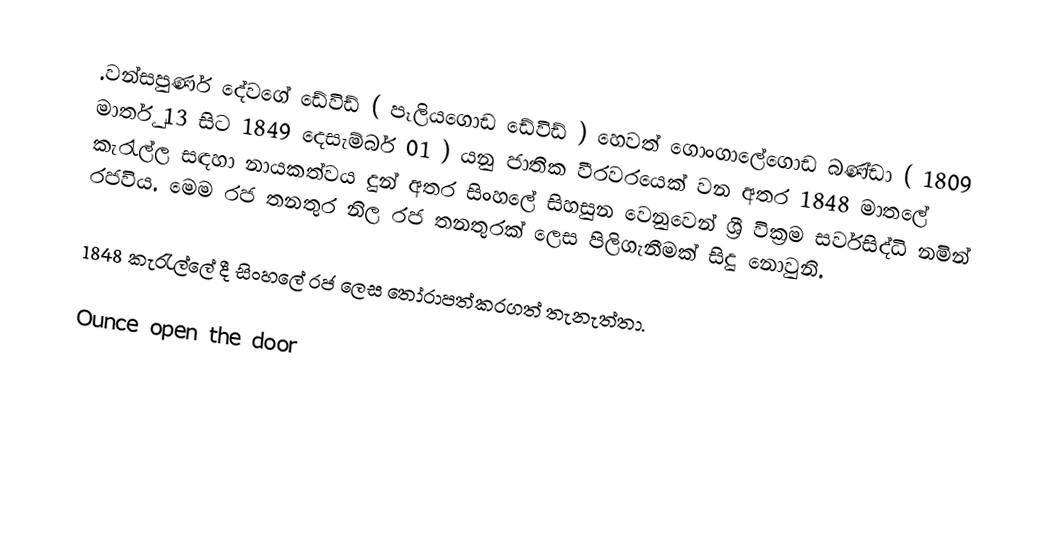
.වන්සපුර්ණ දේවගේ ඩේවිඩ් ( පෑලියගොඩ ඩේවිඩ් )  හෙවත් ගොංගාලේගොඩ බණ්ඩා ( 1809 මාර්තු 13 සිට 1849 දෙසැම්බර් 01 ) යනු ජාතික වීරවරයෙක් වන අතර 1848 මාතලේ කැරැල්ල සඳහා නායකත්වය දුන් අතර සිංහලේ සිහසුන වෙනුවෙන්  ශ්‍රී වික්‍රම සර්වසිද්ධි නමින් රජවිය. මෙම රජ තනතුර නිල රජ තනතුරක් ලෙස පිලිගැනීමක් සිදු නොවුනි.

1848 කැරැල්ලේ දී සිංහලේ රජ ලෙස තෝරාපත්කරගත් තැනැත්තා.

Ounce  open the door